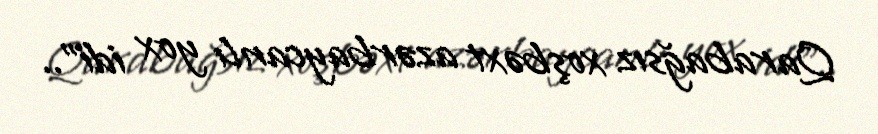
Qarabağsız xoşbəxt azərbaycanlı yox idi”..